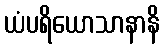
ယံပရိယောသာနာနိ